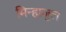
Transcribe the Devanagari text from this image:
मिन्हाजुल